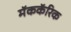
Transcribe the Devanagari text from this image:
मॅककॅरिक